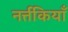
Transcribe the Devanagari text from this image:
नर्त्तकियाँ